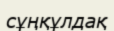
сұңқұлдақ